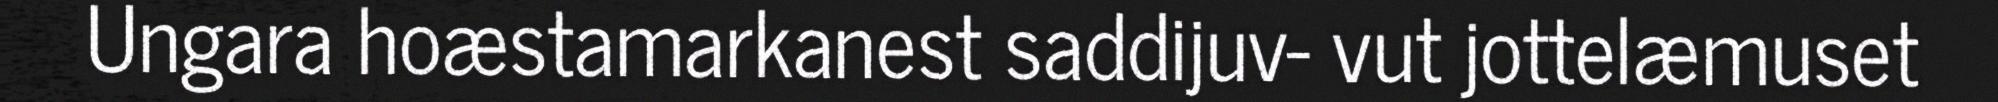
Ungara hoæstamarkanest saddijuv- vut jottelæmuset